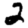
Digit: 2